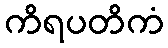
ကိရပတိကံ